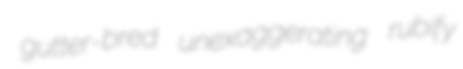
gutter-bred unexaggerating rubify